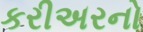
કરીઅરનો